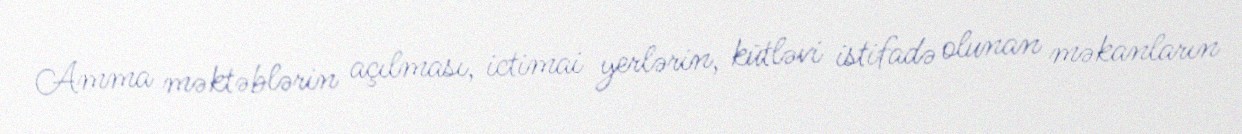
Amma məktəblərin açılması, ictimai yerlərin, kütləvi istifadə olunan məkanların